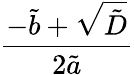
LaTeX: \frac{-\tilde{b}+\sqrt{\tilde{D}}}{2\tilde{a}}